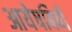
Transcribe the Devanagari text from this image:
आयेषबिबी